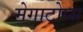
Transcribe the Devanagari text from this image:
मेगाटोप्स